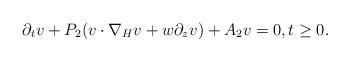
LaTeX: \begin{align*}\partial_t v + P_2(v\cdot\nabla_H v + w\partial_z v) + A_2v = 0, t\ge0.\end{align*}